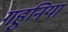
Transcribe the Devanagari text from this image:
गहुनिया